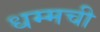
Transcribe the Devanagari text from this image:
धम्मची